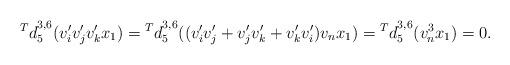
LaTeX: \begin{align*} {^Td}_{5}^{3,6}(v_i'v_j'v_k' x_1)={^Td}_{5}^{3,6}((v_i'v_j'+v_j'v_k'+v_k'v_i')v_nx_1)={^Td}_{5}^{3,6}(v_n^3x_1)=0. \end{align*}